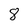
Character: 8